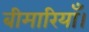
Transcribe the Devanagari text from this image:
बीमारियाँ।